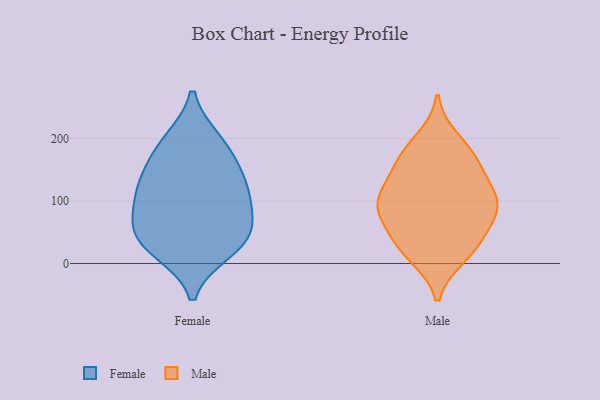
{"axis": {"x": "Page Views", "y": "Value"}, "legend": ["Female", "Male"], "data": [{"x": "", "y": 78, "type": "Female"}, {"x": "", "y": 33, "type": "Female"}, {"x": "", "y": 121, "type": "Female"}, {"x": "", "y": 22, "type": "Female"}, {"x": "", "y": 99, "type": "Female"}, {"x": "", "y": 187, "type": "Female"}, {"x": "", "y": 51, "type": "Female"}, {"x": "", "y": 195, "type": "Female"}, {"x": "", "y": 41, "type": "Female"}, {"x": "", "y": 124, "type": "Female"}, {"x": "", "y": 149, "type": "Female"}, {"x": "", "y": 167, "type": "Male"}, {"x": "", "y": 198, "type": "Male"}, {"x": "", "y": 88, "type": "Male"}, {"x": "", "y": 169, "type": "Male"}, {"x": "", "y": 99, "type": "Male"}, {"x": "", "y": 98, "type": "Male"}, {"x": "", "y": 12, "type": "Male"}, {"x": "", "y": 84, "type": "Male"}, {"x": "", "y": 160, "type": "Male"}, {"x": "", "y": 74, "type": "Male"}, {"x": "", "y": 113, "type": "Male"}, {"x": "", "y": 125, "type": "Male"}, {"x": "", "y": 46, "type": "Male"}, {"x": "", "y": 21, "type": "Male"}, {"x": "", "y": 28, "type": "Male"}]}